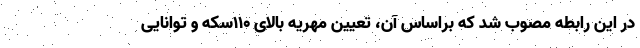
در این رابطه مصوب شد که براساس آن، تعیین مهریه بالای ۱۱۰سکه و توانایی